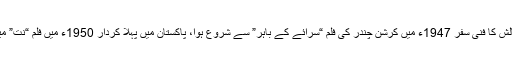
آغا طالش کا فنی سفر 1947ء میں کرشن چندر کی فلم “سرائے کے باہر” سے شروع ہوا، پاکستان میں پہلا کردار 1950ء میں فلم “نت” میں کیا۔